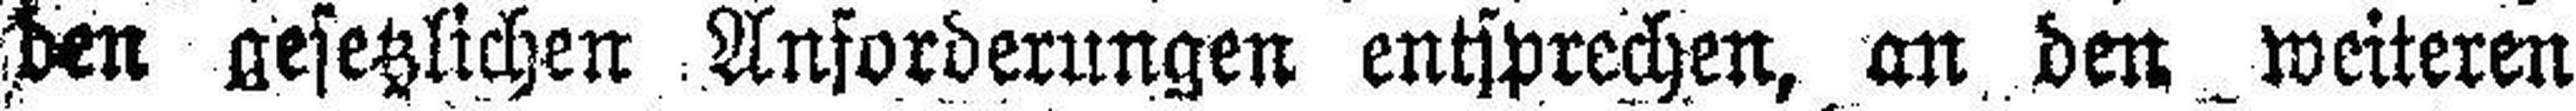
den gesetzlichen Anforderungen entsprechen, an den weiteren